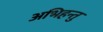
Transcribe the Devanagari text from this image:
अभिहन्तु